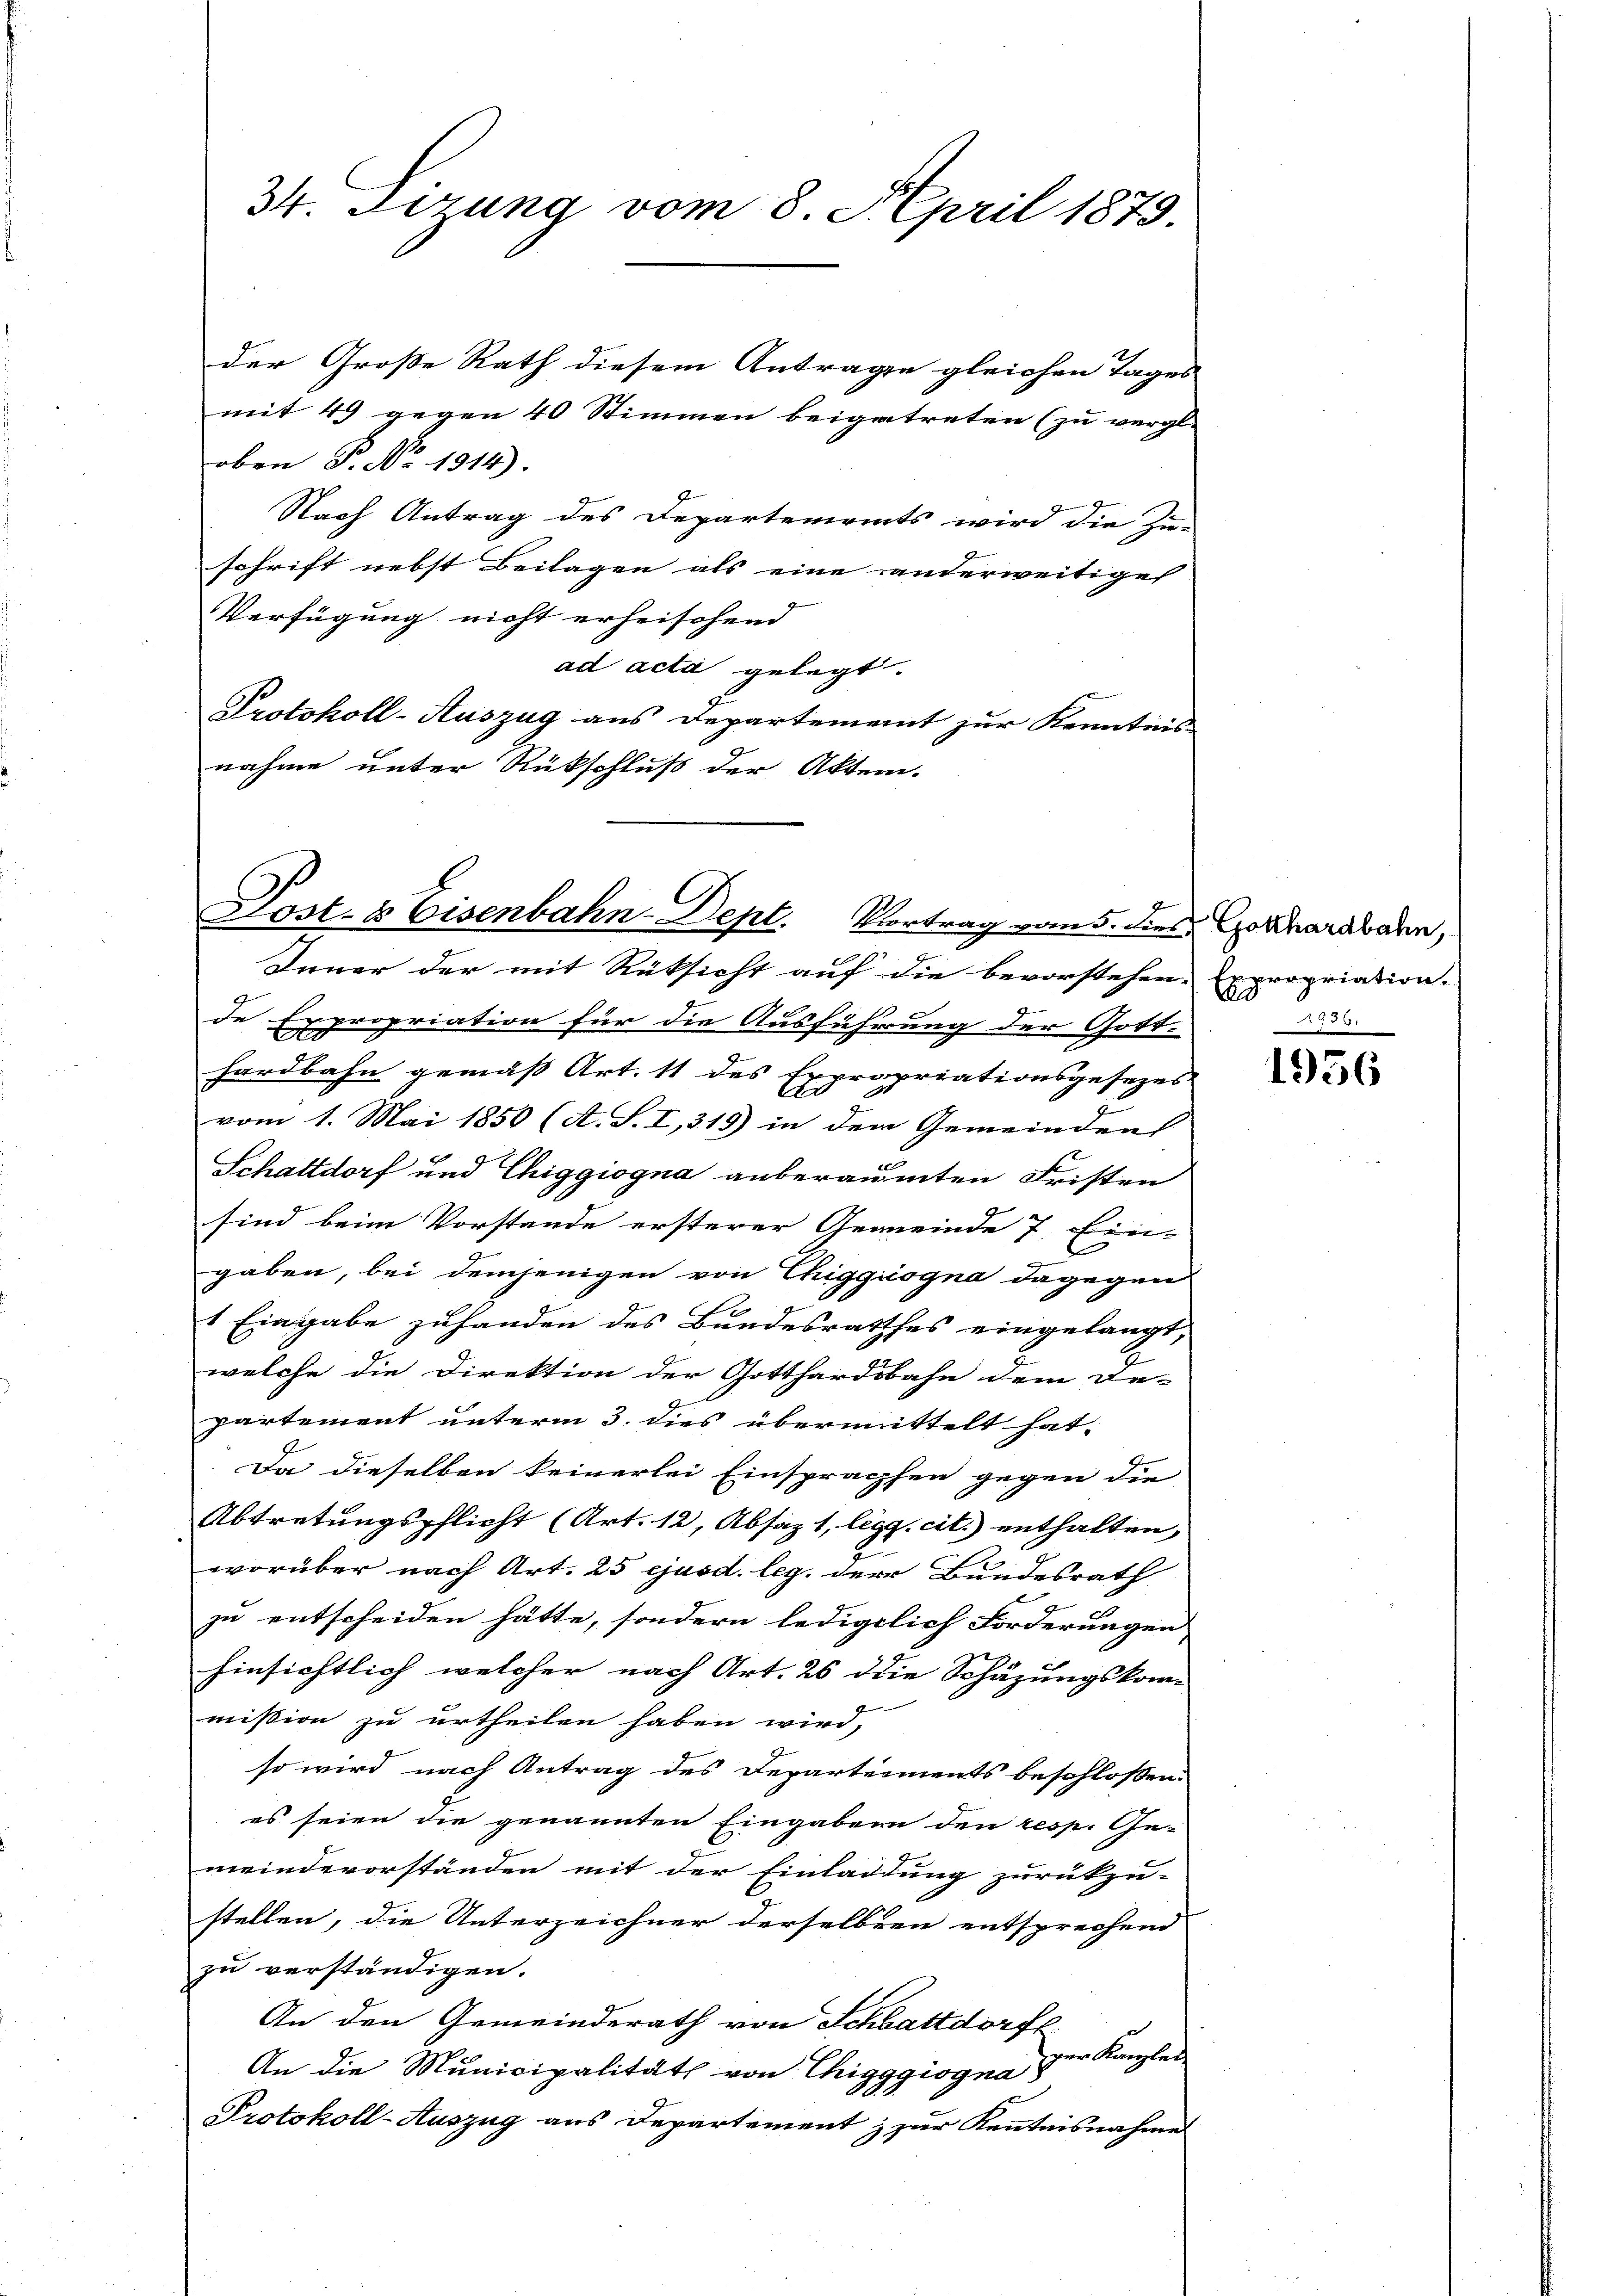
34. Ferung vom 8. April 1879.

der Große Rath diesem Antrage gleichen Tages
mit 49 gegen 40 Stimmen beigetreten (zu vergl.
oben P. No. 1914).
Nach Antrag des Departements wird die Zu-
schrift nebst Beilagen als eine anderweitige |
Verfügung nicht erheischend |
ad acta gelegt.
Protokoll-Auszug aus Departement zur Kenntnis
nahme unter Rückschluß der Akten.

Post- & Eisenbahn-Dept. Vortrag vom 5. dies Gothardbahn,

Inner der mit Rüksicht auf die bevorstehen, Expropriation.
de Expropriation für die Ausführung der Gott-
hardbahn gemäß Art. 11 des Expropriationsgesezes
u
vom 1. Mai 1850 (A. S. I,319) in dem Gemeinden
Schattdorf und Chiggiogna anberaumten Fristen
sind beim Vorstande ersterer Gemeinde 7, Ein-
gaben, bei demjenigen von Chigquogna dagegen
1 Eingabe zuhanden des Bundesrathes eingelangt,
welche die Direktion der Gotthardsbahn dem Re-
partement unterm 3. dies übermittelt hat.
Da dieselben keinerlei Einsprachsen gegen die
Abtretungspflicht (Art. 12, Absaz 1, ligg, cit. enthalten,
worüber nach Art. 25 ejusd. leg. der Bundesrath
zu entscheiden hätte, sondern lediglich Forderungen
2
hinsichtlich, welcher nach Art. 26 die Schäzungskom-
mission zu urtheilen haben wird,
so wird nach Antrag des Departeiments beschlossen:
es seien die genannten Eingaben den resp. Ge-
meindevorständen mit der Einladung zurückzu-
stellen, die Unterzeichner derselben entsprechend
zu verständigen.
An den Gemeinderath von Schlattdorf
er Kanzlei
An die Municipalität von Chigggiogna
Protokoll-Auszug aus Departement & zur Kenntnisnahme

a
A736.

1956